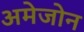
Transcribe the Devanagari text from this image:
अमेजोन